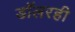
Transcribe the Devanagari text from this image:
डॉलरही